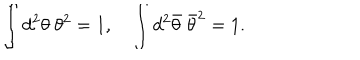
\int d ^ { 2 } \theta \ \theta ^ { 2 } = 1 , \quad \int d ^ { 2 } { \bar { \theta } } \ { \bar { \theta } } ^ { 2 } = 1 .